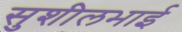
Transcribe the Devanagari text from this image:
सुशीलभाई